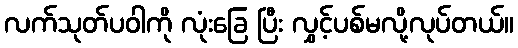
လက်သုတ်ပဝါကို လုံးခြေ ပြီး လွှင့်ပစ်မလို့လုပ်တယ်။